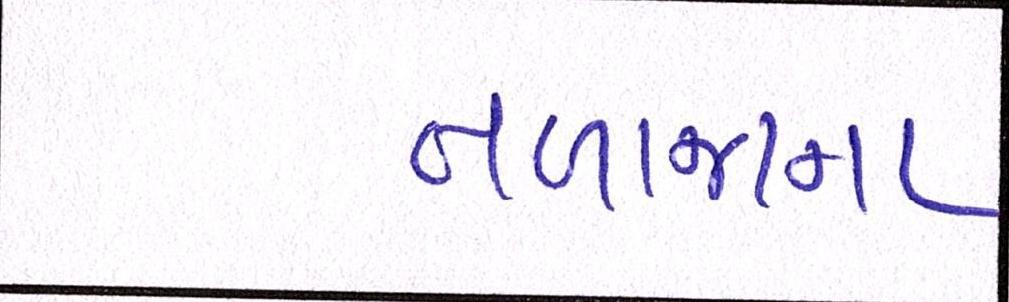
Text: તળાજાના